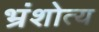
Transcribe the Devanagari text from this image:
भ्रंशोत्य